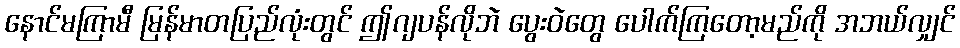
နောင်မကြာမီ မြန်မာတပြည်လုံးတွင် ဤဂျပန်လိုဘဲ ပွေးဝဲတွေ ပေါက်ကြတော့မည်ကို အဘယ်လျှင်